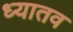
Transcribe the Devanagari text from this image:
ध्यातव